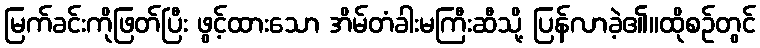
မြက်ခင်းကိုဖြတ်ပြီး ဖွင့်ထားသော အိမ်တံခါးမကြီးဆီသို့ ပြန်လာခဲ့၏။ထိုစဉ်တွင်